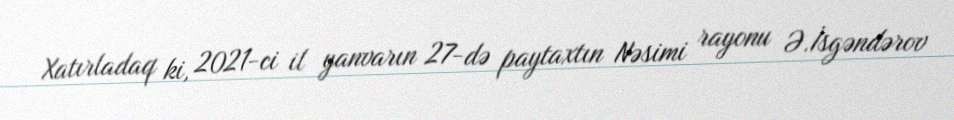
Xatırladaq ki, 2021-ci il yanvarın 27-də paytaxtın Nəsimi rayonu Ə.İsgəndərov